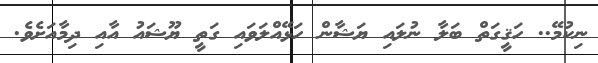
ނިކުމޭ.. ހަޤީގަތް ބަލާ ނުލައި ޔަޝާން ހަޅޭއްލަވައި ގަތީ ޔޫޝައު އާއި ދިމާއަށެވެ.